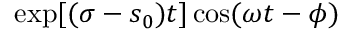
\exp [ ( \sigma - { { s } _ { 0 } } ) t ] \cos ( \omega t - \phi )